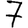
Digit: 7